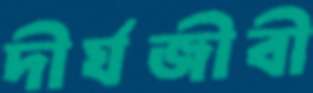
দীর্ঘজীবী